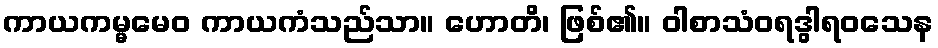
ကာယကမ္မမေဝ ကာယကံသည်သာ။ ဟောတိ၊ ဖြစ်၏။ ဝါစာသံဝရဒွါရဝသေန